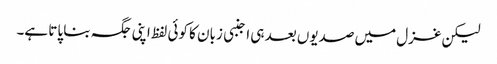
لیکن غزل میں صدیوں بعد ہی اجنبی زبان کا کوئی لفظ اپنی جگہ بنا پاتا ہے۔